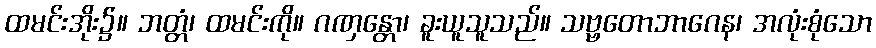
ထမင်းအိုး၌။ ဘတ္တံ၊ ထမင်းကို။ ဂဏှန္တော၊ ခူးယူသူသည်။ သဗ္ဗတောဘာဂေန၊ အလုံးစုံသော